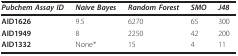
| Pubchem Assay ID | Naive Bayes | Random Forest | SMO | J48 |
 | --- | --- | --- | --- | --- |
 | AID1626 | 9.5 | 6270 | 65 | 300 |
 | AID1949 | 8 | 2250 | 42 | 200 |
 | AID1332 | None* | 15 | 4 | 11 |